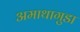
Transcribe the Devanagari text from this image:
अमाथागुडा